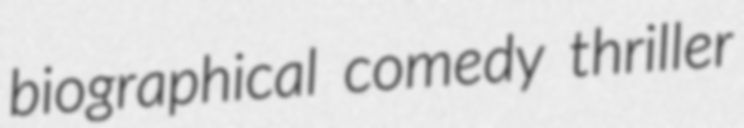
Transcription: biographical comedy thriller